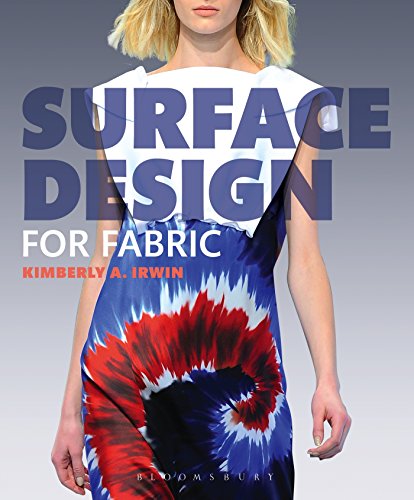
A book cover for Surface Design for Fabric; Kimberly Irwin; Crafts, Hobbies & Home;